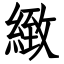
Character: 緻